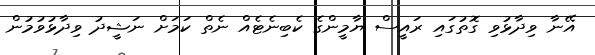
އޭނާ ވިދާޅުވި ގޮތުގައި ރައީސް ޔާމީންގެ ކެބިނެޓެއް ނެތް ކަމަށް ނަޝީދު ވިދާޅުވުމުން